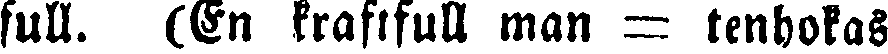
full. (En kraftfull man = tenhokas